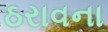
ઠરાવના